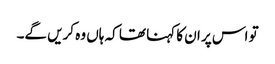
تو اس پر ان کا کہنا تھا کہ ہاں وہ کریں گے۔